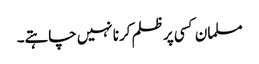
مسلمان کسی پر ظلم کرنا نہیں چاہتے۔